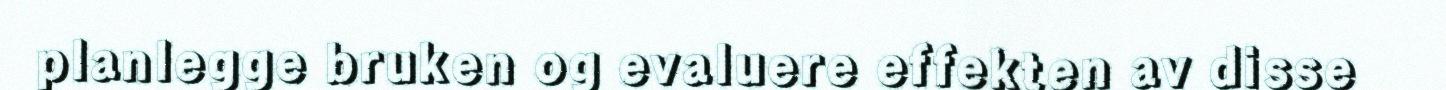
planlegge bruken og evaluere effekten av disse